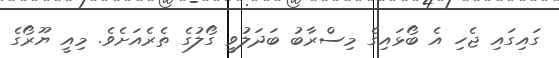
ގައިގައި ޖެހި އެ ބޯޅައިގެ މިސްރާބު ބަދަލުވީ ގޯލުގެ ތެރެއަށެވެ. މިއީ ޔޫރޯގެ